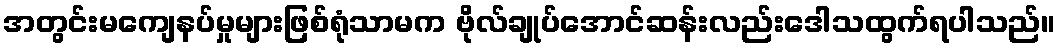
အတွင်းမကျေနပ်မှုများဖြစ်ရုံသာမက ဗိုလ်ချုပ်အောင်ဆန်းလည်းဒေါသထွက်ရပါသည်။